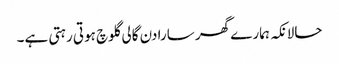
حالانکہ ہمارے گھر سارا دن گالی گلوچ ہوتی رہتی ہے۔